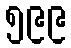
၅၉၉